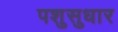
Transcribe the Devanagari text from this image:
पशुसुधार